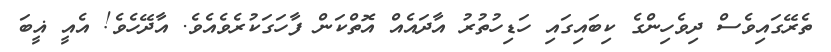
ތެރޭގައިވެސް ދިވެހިންގެ ކިބައިގައި ހަޑިހުތުރު އާދައެއް އޮތްކަަން ފާހަގަކުރެވެއެވެ. އާދޭހެވެ! އެއީ ޣީބަ